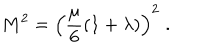
M ^ { 2 } = \left( { \frac { \mu } { 6 } } ( 1 + \lambda ) \right) ^ { 2 } \; .